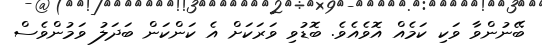
ބޭނުންވާ ވަކި ކަމެއް އޮވެއެވެ. ބޮޑުވި ވަރަކަށް އެ ކަންކަން ބަދަލު ވަމުންވެސް